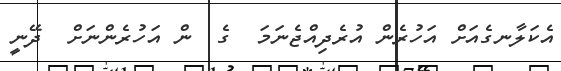
އެކަލާނގެއަށް އަހުރެން އުރެދިއްޖެނަމަ  ގެ  ން އަހުރެންނަށް  ދޭނީ